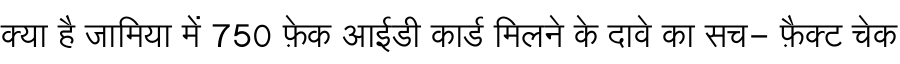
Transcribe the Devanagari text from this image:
क्या है जामिया में 750 फ़ेक आईडी कार्ड मिलने के दावे का सच- फ़ैक्ट चेक